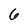
Character: 6